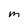
Character: M